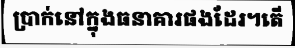
ប្រាក់នៅក្នុងធនាគារផងដែរ។តើ